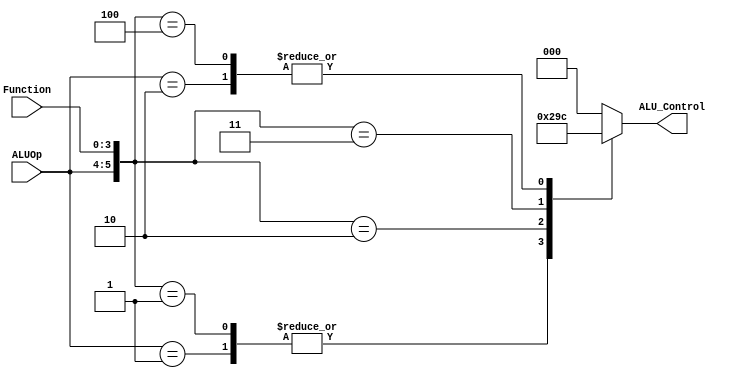
 
module ALUControl( ALU_Control, ALUOp, Function);  
 output reg[2:0] ALU_Control;  
 input [1:0] ALUOp;  
 input [3:0] Function;  
 wire [5:0] ALUControlIn;  
 assign ALUControlIn = {ALUOp,Function};  
 always @(ALUControlIn)  
 casex (ALUControlIn)  
  6'b11xxxx: ALU_Control=3'b000;  
  6'b10xxxx: ALU_Control=3'b100;  
  6'b01xxxx: ALU_Control=3'b001;  
  6'b000000: ALU_Control=3'b000;  
  6'b000001: ALU_Control=3'b001;  
  6'b000010: ALU_Control=3'b010;  
  6'b000011: ALU_Control=3'b011;  
  6'b000100: ALU_Control=3'b100;  
  default: ALU_Control=3'b000;  
  endcase  
endmodule  
// Verilog code for JR control unit
module JR_Control( input[1:0] alu_op, 
       input [3:0] funct,
       output JRControl
    );
assign JRControl = ({alu_op,funct}==6'b001000) ? 1'b1 : 1'b0;
endmodule